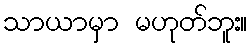
သာယာမှာ မဟုတ်ဘူး။